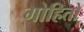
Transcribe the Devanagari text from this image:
गोहितो